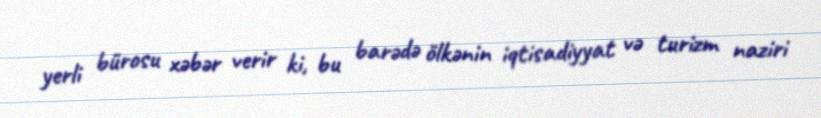
yerli bürosu xəbər verir ki, bu barədə ölkənin iqtisadiyyat və turizm naziri